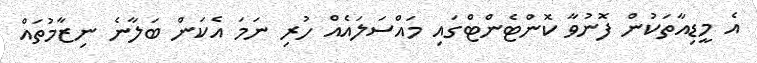
އެ މީޑިއާތަކުން ފޮނުވާ ކޮންޓެންޓްގައި މައްސަލައެއް ހުރި ނަމަ އެކަން ބަލާނެ ނިޒާމުތައް